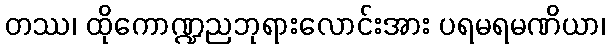
တဿ၊ ထိုကောဏ္ဍညဘုရားလောင်းအား ပရမရမဏိယာ၊